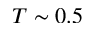
T \sim 0 . 5